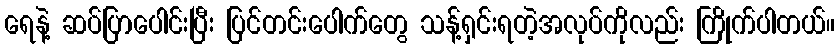
ရေနဲ့ ဆပ်ပြာပေါင်းပြီး ပြင်တင်းပေါက်တွေ သန့်ရှင်းရတဲ့အလုပ်ကိုလည်း ကြိုက်ပါတယ်။